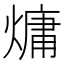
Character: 𪹨